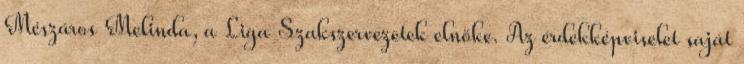
Mészáros Melinda, a Liga Szakszervezetek elnöke. Az érdekképviselet saját